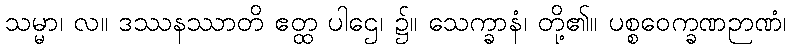
သမ္မာ၊ လ။ ဒဿနဿာတိ ဧတ္ထ ပါဌေ၊ ၌။ သေက္ခာနံ၊ တို့၏။ ပစ္စဝေက္ခဏဉာဏံ၊